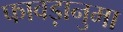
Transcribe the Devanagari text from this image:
फावड़ानुमा